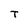
Character: T